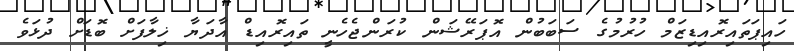
ހައިޕަތައިރޮއިޑިޒަމް ހުރުމުގެ ސަބަބުން އޮޕަރޭޝަން ކުރަންޖެހެނީ ތައިރޮއިޑް އާދަޔާ ޚިލާފަށް ބޮޑަށް ދުޅަވެ